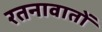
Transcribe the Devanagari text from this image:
रतनावातों